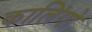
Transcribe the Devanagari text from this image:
कालिंगो